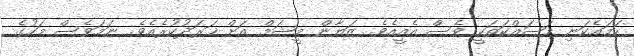
ހަމައެކަނި މަސައްކަތަކީ ވެސް އެއީއެވެ. ޒަޔާން މީޝަމް އަށް ޚަރަދުކުރެއެވެ. ނަމަވެސް މަހުގެ